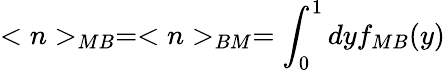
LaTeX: <n>_{MB}=<n>_{BM}=\int_{0}^{1}dyf_{MB}(y)